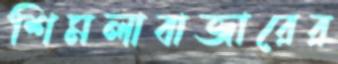
শিমলাবাজারের